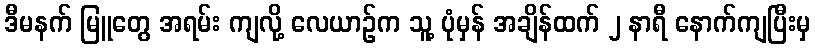
ဒီမနက် မြူတွေ အရမ်း ကျလို့ လေယာဉ်က သူ့ ပုံမှန် အချိန်ထက် ၂ နာရီ နောက်ကျပြီးမှ